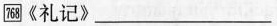
\boxed{768}《礼记》 ___